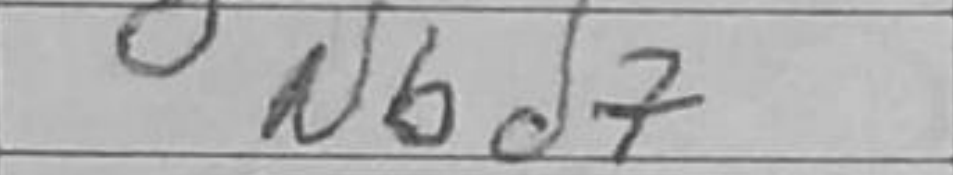
Transcription: Nbd7